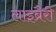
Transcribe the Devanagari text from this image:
लाइब्रैरी